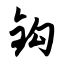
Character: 钩